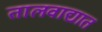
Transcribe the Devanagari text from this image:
तालवाद्यात